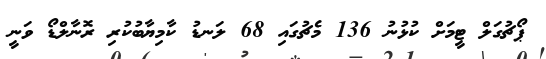
ޕޯޗުގަލް ޓީމަށް ކުޅުނު 136 މެޗުގައި 68 ލަނޑު ކާމިޔާބުކުރި ރޮނާލްޑޯ ވަނީ